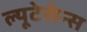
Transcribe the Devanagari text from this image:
ल्यूटेसेन्स